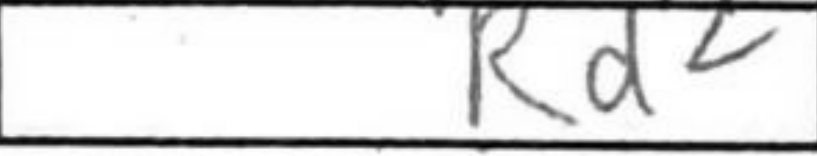
Transcription: Rd2